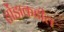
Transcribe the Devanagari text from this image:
तोंडाकडील